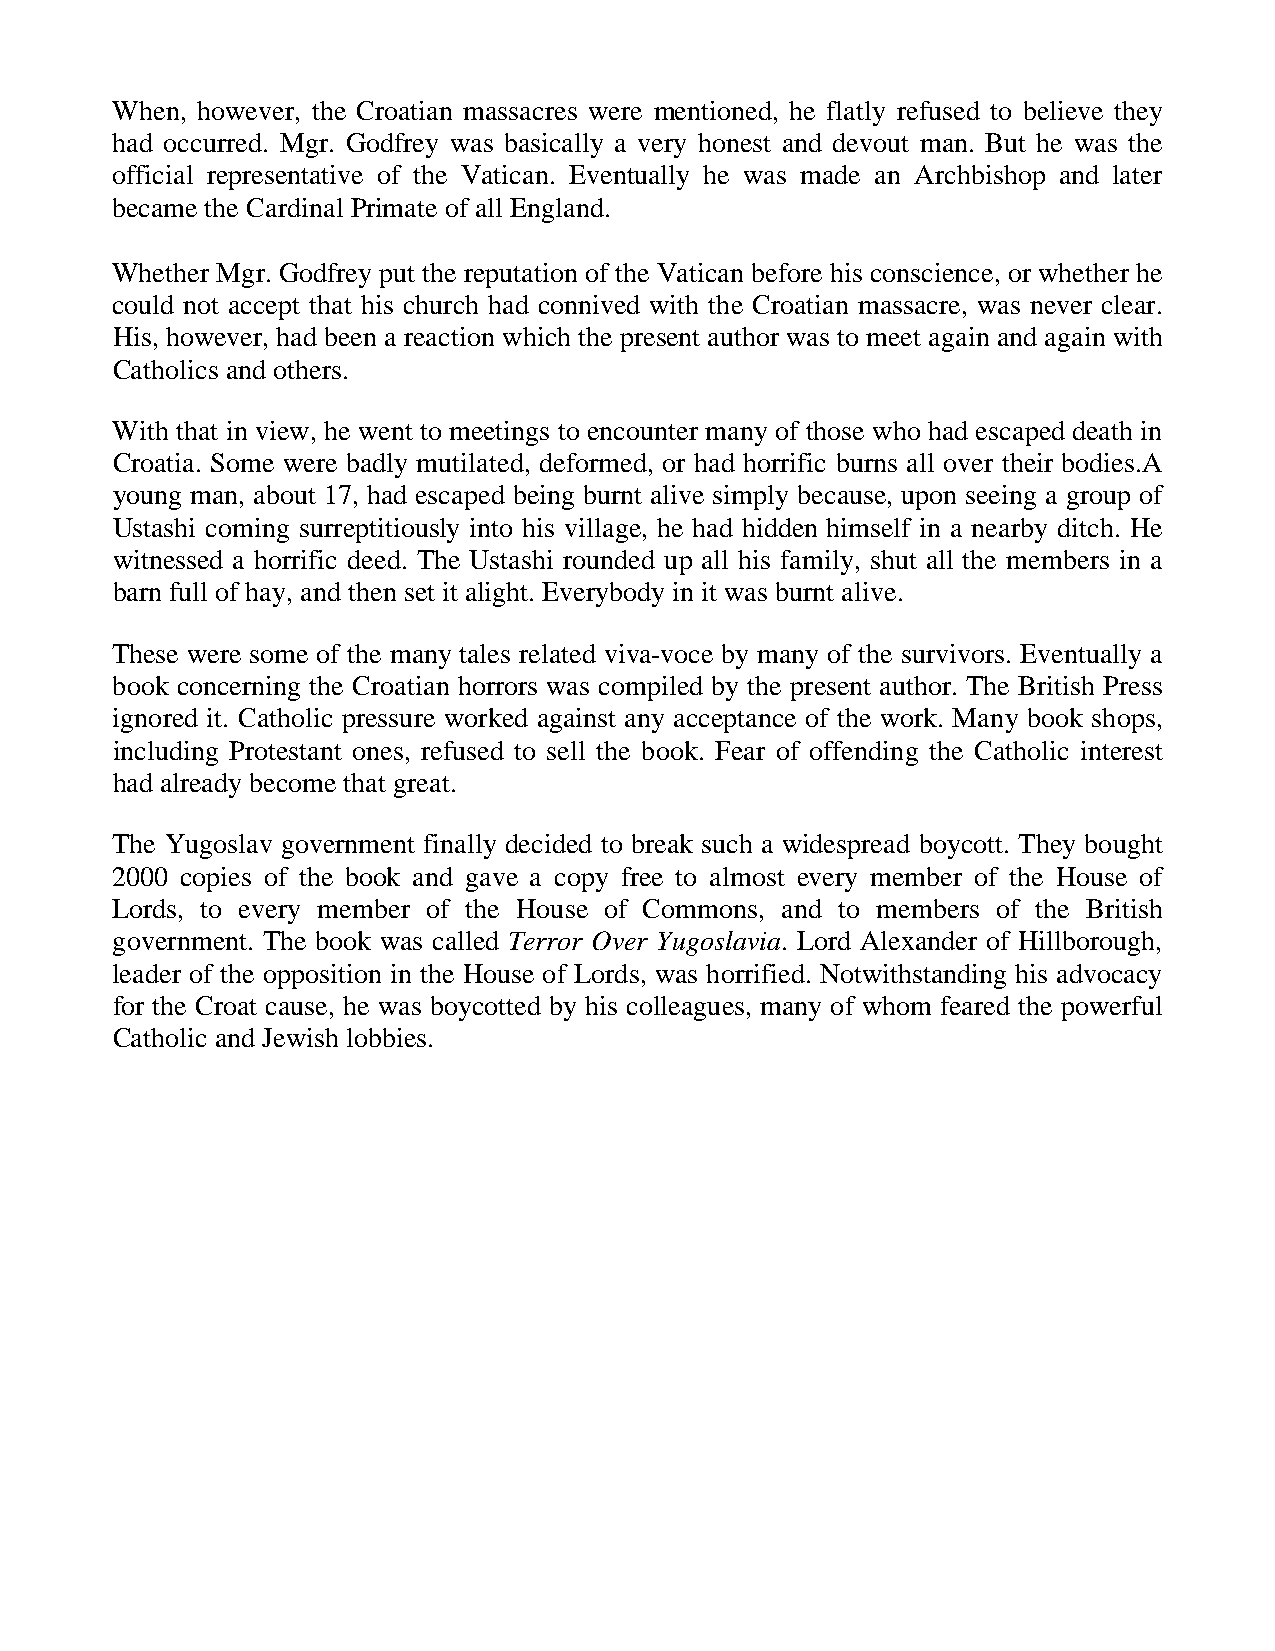
When, however, the Croatian massacres were mentioned, he flatly refused to believe they
 had occurred. Mgr. Godfrey was basically a very honest and devout man. But he was the
 official representative of the Vatican. Eventually he was made an Archbishop and later
 became the Cardinal Primate of all England.
 Whether Mgr. Godfrey put the reputation of the Vatican before his conscience, or whether he
 could not accept that his church had connived with the Croatian massacre, was never clear.
 His, however, had been a reaction which the present author was to meet again and again with
 Catholics and others.
 With that in view, he went to meetings to encounter many of those who had escaped death in
 Croatia. Some were badly mutilated, deformed, or had horrific burns all over their bodies.A
 young man, about 17, had escaped being burnt alive simply because, upon seeing a group of
 Ustashi coming surreptitiously into his village, he had hidden himself in a nearby ditch. He
 witnessed a horrific deed. The Ustashi rounded up all his family, shut all the members in a
 barn full of hay, and then set it alight. Everybody in it was burnt alive.
 These were some of the many tales related viva-voce by many of the survivors. Eventually a
 book concerning the Croatian horrors was compiled by the present author. The British Press
 ignored it. Catholic pressure worked against any acceptance of the work. Many book shops,
 including Protestant ones, refused to sell the book. Fear of offending the Catholic interest
 had already become that great.
 The Yugoslav government finally decided to break such a widespread boycott. They bought
 2000 copies of the book and gave a copy free to almost every member of the House of
 Lords, to every member of the House of Commons, and to members of the British
 government. The book was called Terror Over Yugoslavia. Lord Alexander of Hillborough,
 leader of the opposition in the House of Lords, was horrified. Notwithstanding his advocacy
 for the Croat cause, he was boycotted by his colleagues, many of whom feared the powerful
 Catholic and Jewish lobbies.